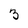
Character: 3